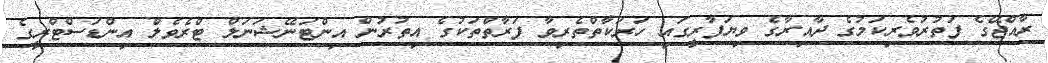
ރާއްޖޭގެ ފަތުރުވެރިކަމުގެ ދާއިރާގެ ވިޔަފާރީގައި ހަރަކާތްތެރިވާ ފަރާތްތަކުގެ އިތުރުން އިންޓަނޭޝަނަލް ޓްރެވެލް އިންޑަސްޓްރީގެ